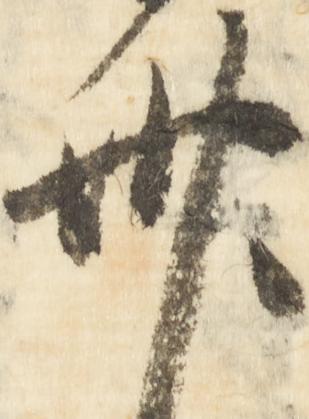
卅